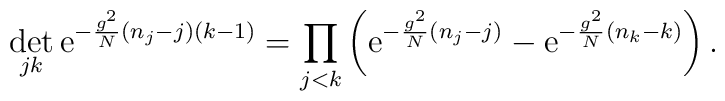
\det_{jk} \mbox{e}^{-\frac{g^2}{N} (n_j-j)(k-1)} = \prod_{j<k} \left( \mbox{e}^{-\frac{g^2}{N} (n_j-j)} - \mbox{e}^{-\frac{g^2}{N} (n_k-k)} \right).